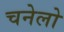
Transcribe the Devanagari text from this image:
चनेलो